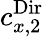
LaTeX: c_{x,2}^{\textnormal{Dir}}